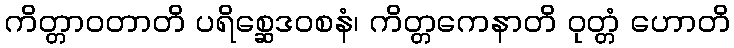
ကိတ္တာဝတာတိ ပရိစ္ဆေဒဝစနံ၊ ကိတ္တကေနာတိ ဝုတ္တံ ဟောတိ